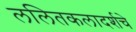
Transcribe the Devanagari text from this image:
ललितकलादर्शचे